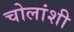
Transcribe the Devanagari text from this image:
चोलांशी